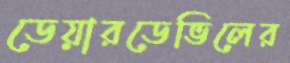
ডেয়ারডেভিলের